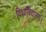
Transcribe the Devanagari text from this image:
विधाविदारण।